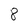
Character: 8